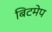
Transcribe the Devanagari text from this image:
बिटमेप